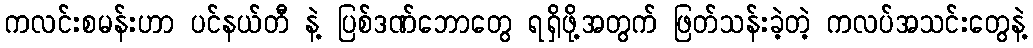
ကလင်းစမန်းဟာ ပင်နယ်တီ နဲ့ ပြစ်ဒဏ်ဘောတွေ ရရှိဖို့အတွက် ဖြတ်သန်းခဲ့တဲ့ ကလပ်အသင်းတွေနဲ့